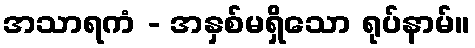
အသာရကံ - အနှစ်မရှိသော ရုပ်နာမ်။